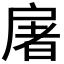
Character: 𫼏